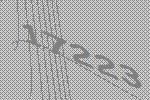
17223